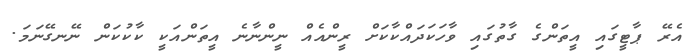
އެރޭ ޕާޓީގައި އީތަންގެ ގާތުގައި ވާހަކަދައްކާކަށް ރީންއެއް ނީންނާނެ އީތަންއަކީ ކާކުކަން ނޭނގޭނަމަ.